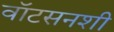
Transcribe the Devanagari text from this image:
वॉटसनशी